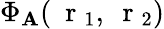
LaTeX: \Phi_{\mathbf{A}}(\mathrm{{~\mathbf{~}r~}}_{1},\mathrm{{~\mathbf{~}r~}}_{2})